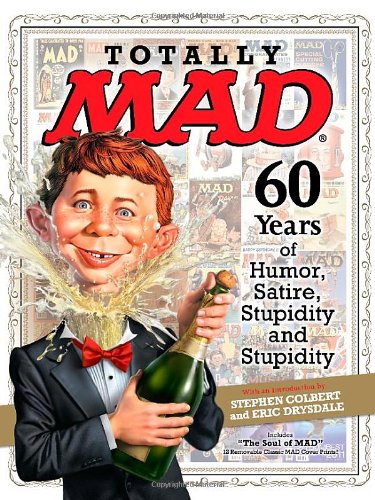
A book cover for Totally MAD: 60 Years of Humor, Satire, Stupidity and Stupidity; Comics & Graphic Novels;